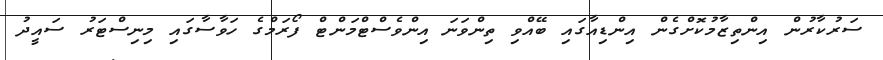
ސަރުކާރުން އިންތިޒާމުކޮށްގެން އިންޑިއާގައި ބޭއްވި ތިންވަނަ އިންވެސްޓްމަންޓް ފޯރަމްގެ ހަވާސާގައި މިނިސްޓަރު ސައީދު